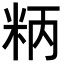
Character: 𥹘